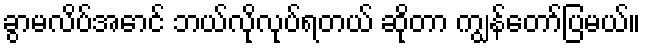
ခွာမလိပ်အောင် ဘယ်လိုလုပ်ရတယ် ဆိုတာ ကျွန်တော်ပြမယ်။